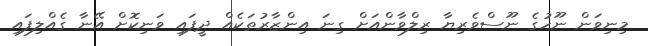
މިނިވަން ނޫހުގެ ނޫސްވެރިޔާ ރިލްވާންއަށް ގިނަ އިންޒާރުތަކެއް ދީފައި ވަނިކޮށް އޭނާ ގެއްލިފައި